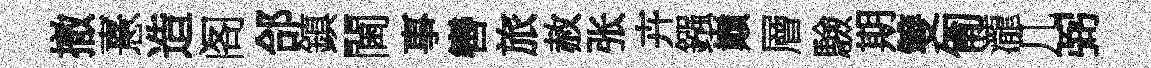
撤憙造阁郃鎮閫事轡旅赦张卉鏹巔層驗期雙匍瀧几弼